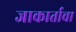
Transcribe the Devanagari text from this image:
जाकार्ताचा